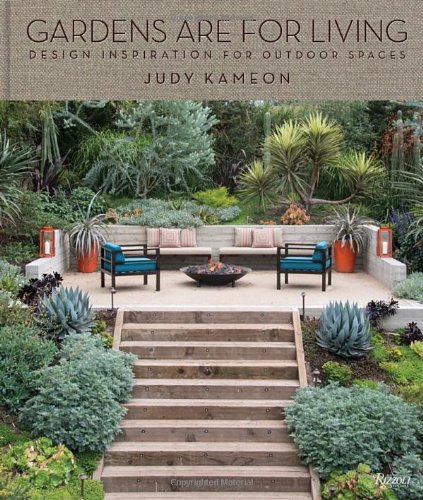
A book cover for Gardens Are For Living: Design Inspiration for Outdoor Spaces; Judy Kameon; Crafts, Hobbies & Home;